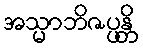
အသ္မာဘိဇပ္ပန္တိ